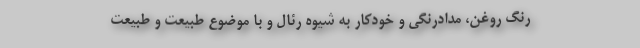
رنگ روغن، مدادرنگی و خودکار به شیوه رئال و با موضوع طبیعت و طبیعت